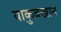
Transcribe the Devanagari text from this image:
याकुबखान